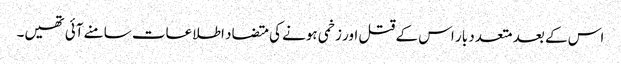
اس کے بعد متعدد بار اس کے قتل اور زخمی ہونے کی متضاد اطلاعات سامنے آئی تھیں۔